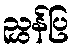
ညွှန်ပြ